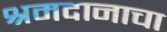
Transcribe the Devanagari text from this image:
श्रमदानाचा